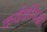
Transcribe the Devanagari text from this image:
कर्दळीपेक्षा